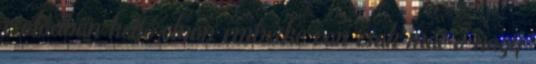
családban kettő olyan emberke van csak már a nagy